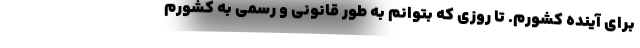
برای آینده کشورم. تا روزی که بتوانم به طور قانونی و رسمی به کشورم